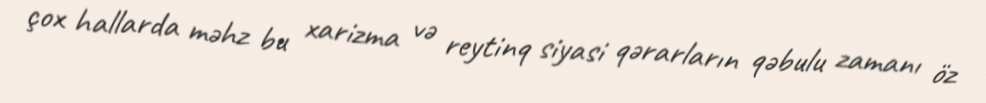
çox hallarda məhz bu xarizma və reytinq siyasi qərarların qəbulu zamanı öz